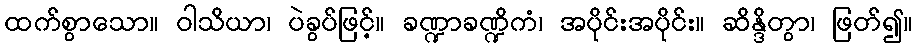
ထက်စွာသော။ ဝါသိယာ၊ ပဲခွပ်ဖြင့်။ ခဏ္ဍာခဏ္ဍိကံ၊ အပိုင်းအပိုင်း။ ဆိန္ဒိတွာ၊ ဖြတ်၍။